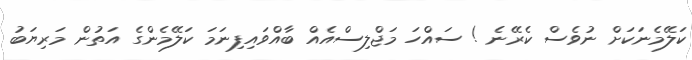
ކަލޭމެނަކަށް ނުވެސް ކެރޭނެ ! ސައްހަ މަޖްލިސްއެއް ބާއްވައިފިނަމަ ކަލޭމެންގެ އަތުން މަރިޔަބު